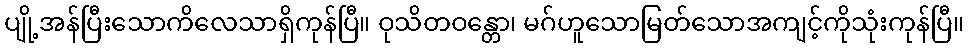
ပျို့အန်ပြီးသောကိလေသာရှိကုန်ပြီ။ ဝုသိတဝန္တော၊ မဂ်ဟူသောမြတ်သောအကျင့်ကိုသုံးကုန်ပြီ။